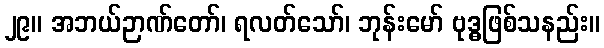
၂၉။ အဘယ်ဉာဏ်တော်၊ ရလတ်သော်၊ ဘုန်းမော် ဗုဒ္ဓဖြစ်သနည်း။